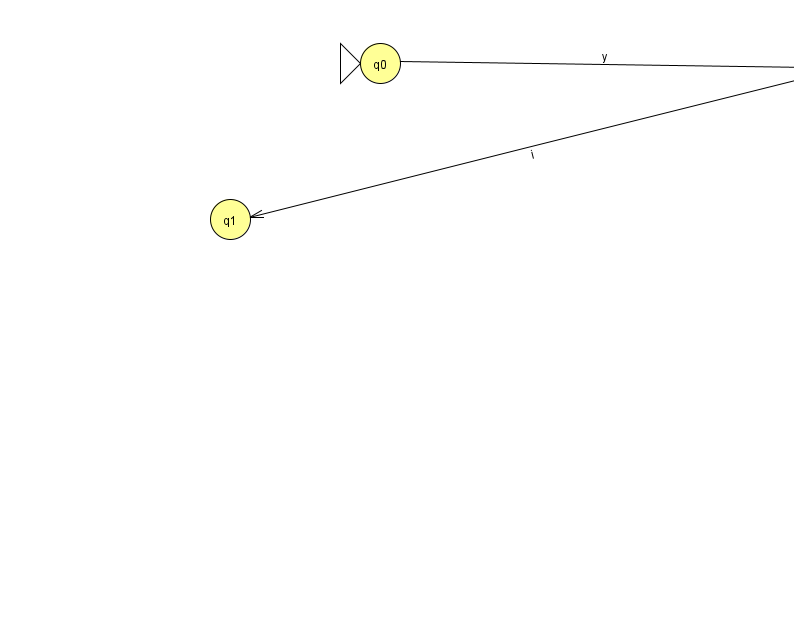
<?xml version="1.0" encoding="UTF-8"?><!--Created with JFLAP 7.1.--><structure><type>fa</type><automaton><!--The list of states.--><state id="0" name="q0"><x>380.0</x><y>50.0</y><initial/></state><state id="1" name="q1"><x>230.0</x><y>206.0</y></state><state id="2" name="q2"><x>829.0</x><y>56.0</y><final/></state><!--The list of transitions.--><transition><from>2</from><to>1</to><read>i</read></transition><transition><from>0</from><to>2</to><read>y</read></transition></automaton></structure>